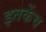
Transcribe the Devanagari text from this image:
इतकेंच